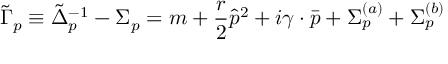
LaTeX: \tilde { \Gamma } _ { p } \equiv \tilde { \Delta } _ { p } ^ { - 1 } - \Sigma _ { p } = m + { \frac { r } { 2 } } \hat { p } ^ { 2 } + i \gamma \cdot \bar { p } + \Sigma _ { p } ^ { ( a ) } + \Sigma _ { p } ^ { ( b ) }